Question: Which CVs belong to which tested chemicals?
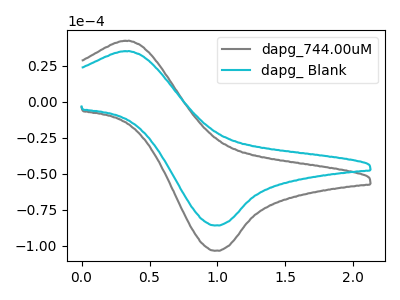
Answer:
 <answer>The gray curve is labeled "dapg_744.00uM". The cyan curve is labeled "dapg_ Blank".</answer>
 <eval></eval>